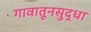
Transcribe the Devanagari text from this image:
गावातूनसुद्धा